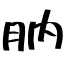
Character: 肭